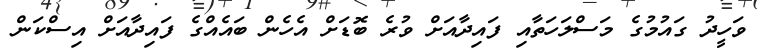
ވަހީދު ގައުމުގެ މަސްލަހަތާއި ފައިދާއަށް ވުރެ ބޮޑަށް އެހެން ބައެއްގެ ފައިދާއަށް އިސްކަން